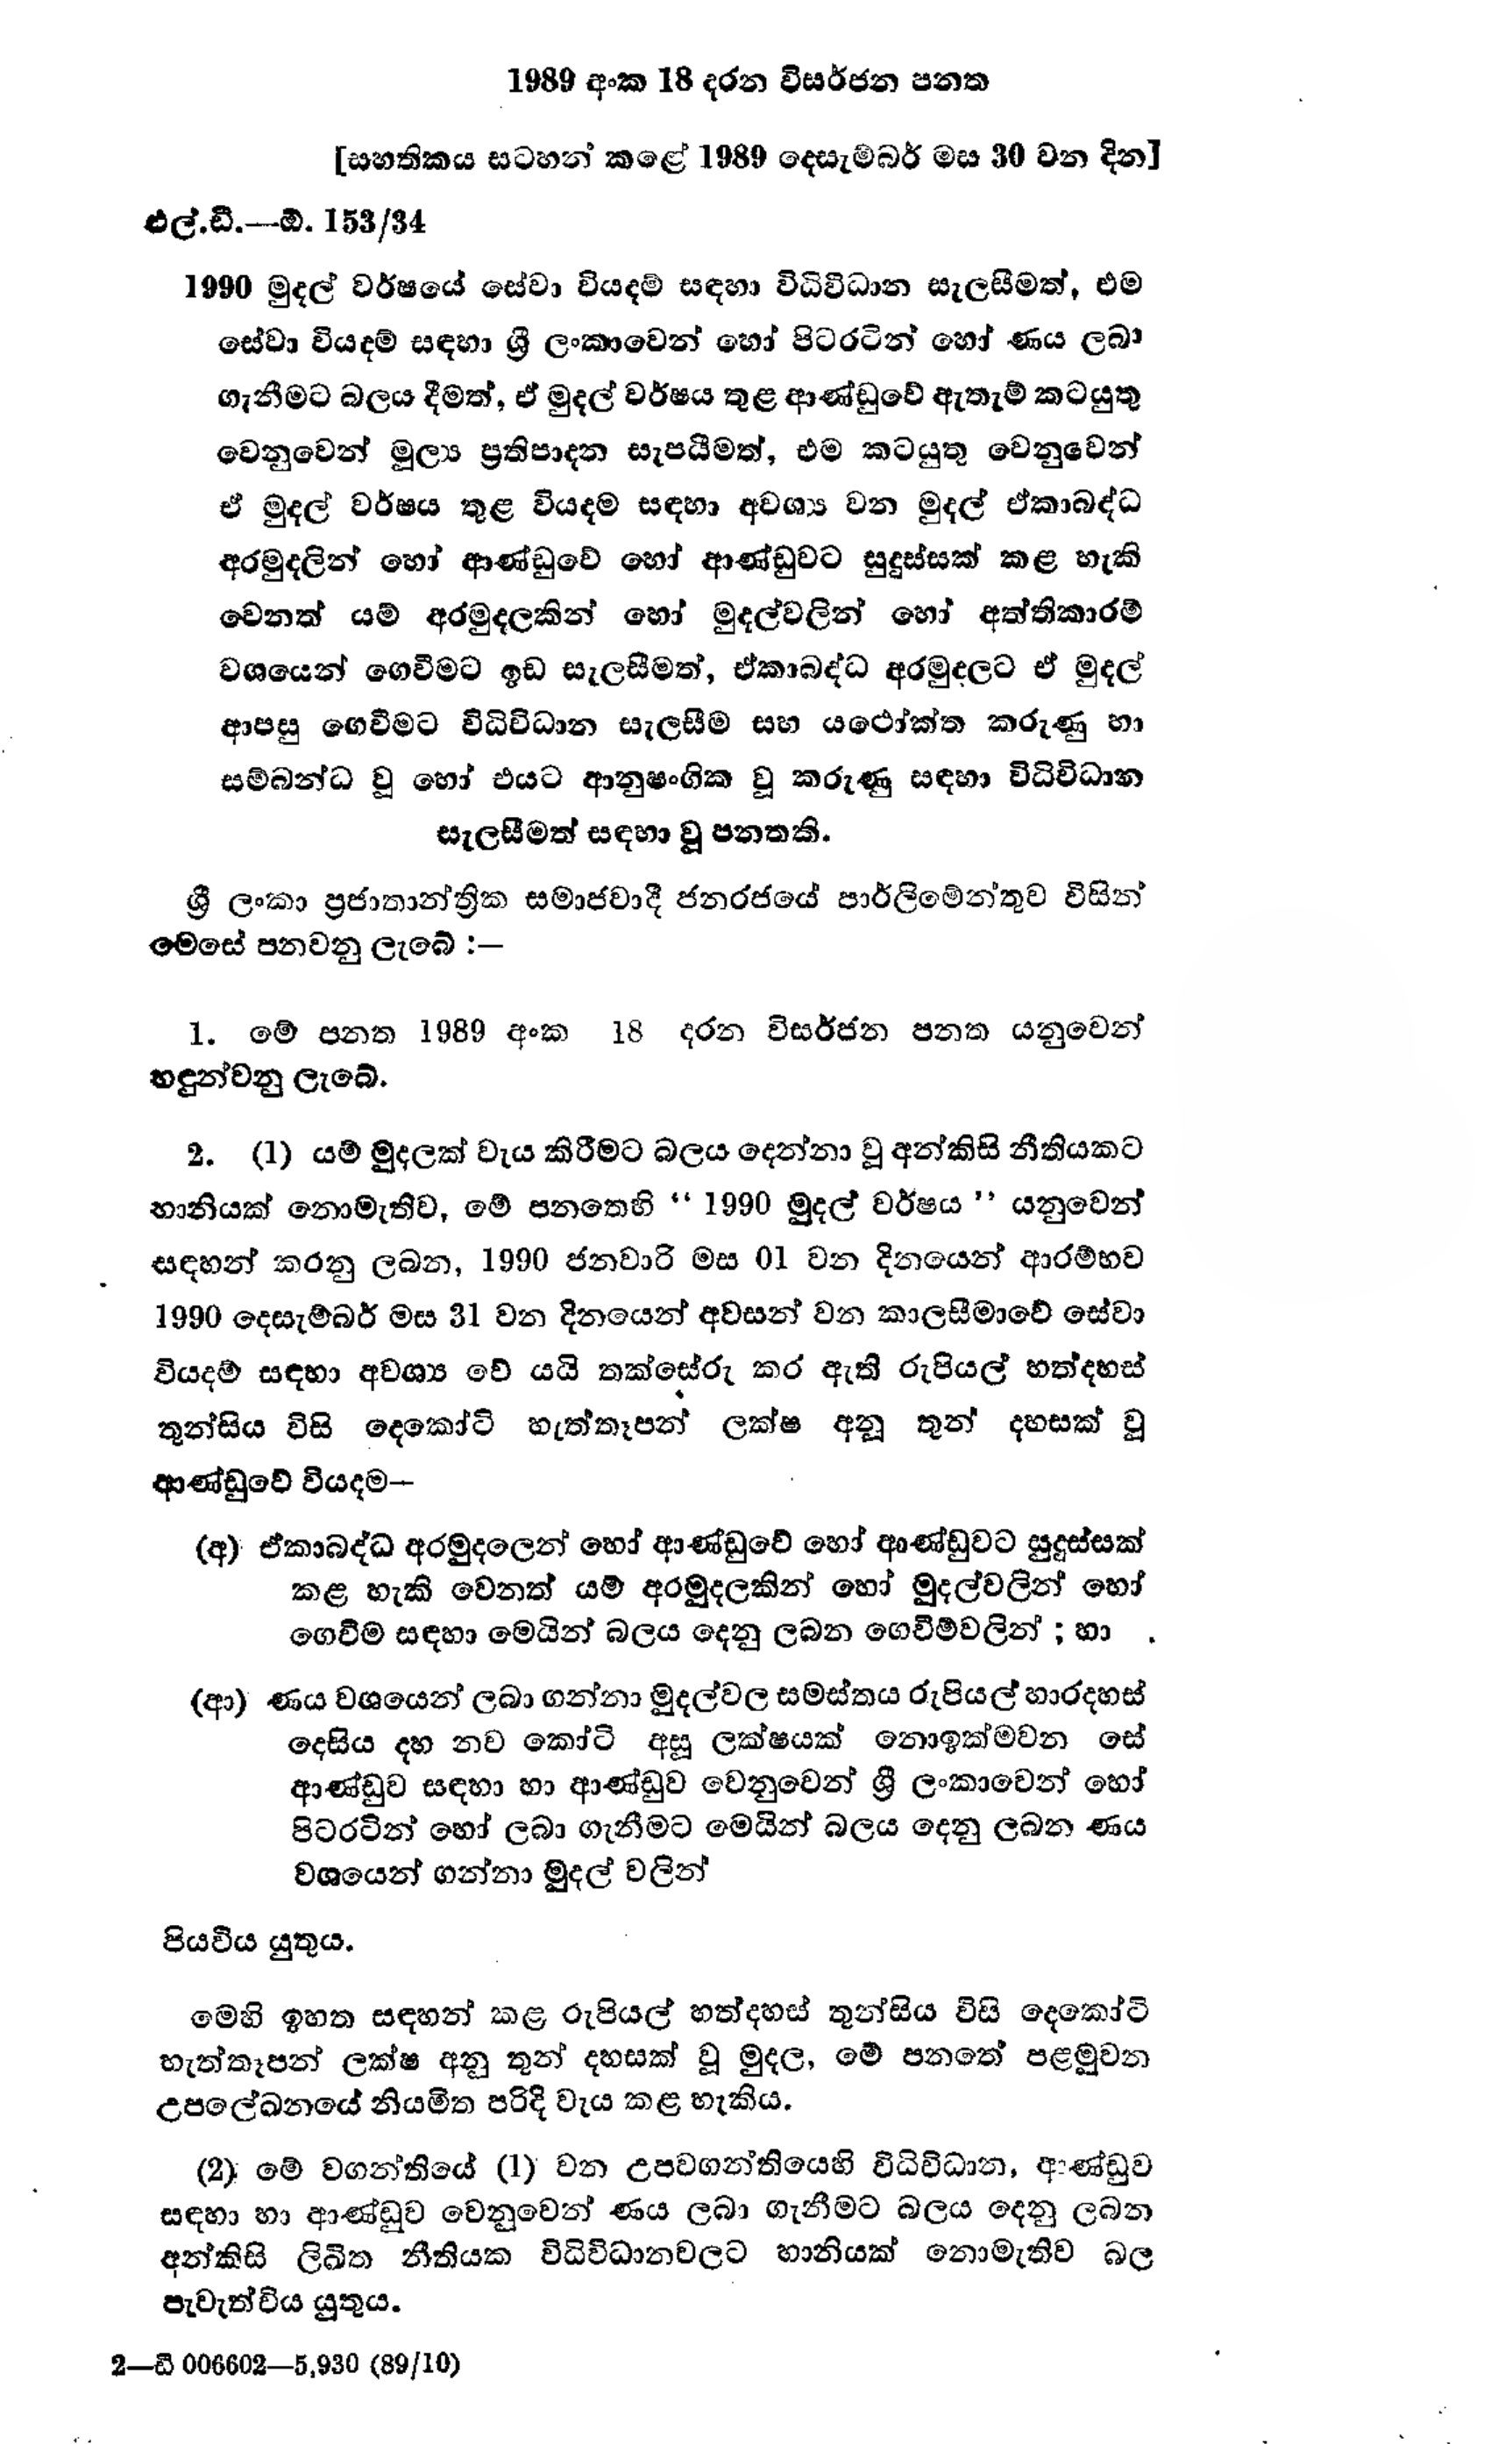
1989 අංක 18 දරන විසර්ජන පනත

[සහතිකය සටහන් කළේ 1989 දෙසැම්බර් මස 30 වන දින]

එල්.ඩී. ඕ. 153/34

1990 මුදල් වර්ෂයේ සේවා වියදම් සඳහා විධිවිධාන සැලසීමත්, එම
සේවා වියදම් සඳහා ශ්‍රී ලංකාවෙන් හෝ පිටරටින් හෝ ණය ලබා
ගැනීමට බලය දීමත්, ඒ මුදල් වර්ෂය තුළ ආණ්ඩුවේ ඇතැම් කටයුතු
වෙනුවෙන් මුල්‍ය ප්‍රතිපාදන සැපයීමත්, එම කටයුතු වෙනුවෙන්
ඒ මුදල් වර්ෂය තුළ වියදම සඳහා අවශ්‍ය වන මුදල් ඒකාබද්ධ
අර මුදලින් හෝ ආණ්ඩුවේ හෝ ආණ්ඩුවට සුදුස්සක් කළ හැකි
වෙනත් යම් අරමුදලකින් හෝ මුදල් වලින් හෝ අත්තිකාරම්
වශයෙන් ගෙවීමට ඉඩ සැලසීමත්, ඒකාබද්ධ අරමුදලට ඒ මුදල්
ආපසු ගෙවීමට විධිවිධාන සැලසීම සහ යථෝක්ත කරුණු හා
සම්බන්ධ වූ හෝ එයට ආනුෂංගික වූ කරුණු සඳහා විධිවිධාන
සැලසීමත් සඳහා වූ පනතකි.

ශ්‍රී ලංකා ප්‍රජාතාන්ත්‍රික සමාජවාදී ජනරජයේ පාර්ලිමේන්තුව විසින්
මෙසේ පනවනු ලැබේ :-

1. මේ පනත 1989 අංක 18 දරන විසර්ජන පනත යනුවෙන්
හඳුන්වනු ලැබේ.

2. (1) යම් මුදලක් වැය කිරීමට බලය දෙන්නා වූ අන්කිසි නීතියකට
හානියක් නොමැතිව, මේ පනතෙහි "1990 මුදල් වර්ෂය" යනුවෙන්
සඳහන් කරනු ලබන, 1990 ජනවාරි මස 01 වන දිනයෙන් ආරම්භව
1990 දෙසැම්බර් මස 31 වන දිනයෙන් අවසන් වන කාලසීමාවේ සේවා
වියදම් සඳහා අවශ්‍ය වේ යයි තක්සේරු කර ඇති රුපියල් හත්දහස්
තුන්සිය විසි දෙකෝටි හැත්තෑපන් ලක්ෂ අනූ තුන් දහසක් වූ
ආණ්ඩුවේ වියදම -

(අ) ඒකාබද්ධ අරමුදලෙන් හෝ ආණ්ඩුවේ හෝ ආණ්ඩුවට සුදුස්සක්
කළ හැකි වෙනත් යම් අරමුදලකින් හෝ මුදල් වලින් හෝ
ගෙවීම සඳහා මෙයින් බලය දෙනු ලබන ගෙවීම් වලින් ; හා

(ආ) ණය වශයෙන් ලබා ගන්නා මුදල්වල සමස්තය රුපියල් හාරදහස්
දෙසිය දහ නව කෝටි අසූ ලක්ෂයක් නොඉක්මවන සේ
ආණ්ඩුව සඳහා හා ආණ්ඩුව වෙනුවෙන් ශ්‍රී ලංකාවෙන් හෝ
පිටරටින් හෝ ලබා ගැනීමට මෙයින් බලය දෙනු ලබන ණය
වශයෙන් ගන්නා මුදල් වලින්

පියවිය යුතුය.

මෙහි ඉහත සඳහන් කළ රුපියල් හත්දහස් තුන්සිය විසි දෙකෝටි
හැත්තෑපන් ලක්ෂ අනු තුන් දහසක් වූ මුදල, මේ පනතේ පළමුවන
උපලේඛනයේ නියමිත පරිදි වැය කළ හැකිය.

(2) මේ වගන්තියේ (1) වන උපවගන්තියෙහි විධිවිධාන, ආණ්ඩුව
සඳහා හා ආණ්ඩුව වෙනුවෙන් ණය ලබා ගැනීමට බලය දෙනු ලබන
අන්කිසි ලිඛිත නීතියක විධිවිධානවලට හානියක් නොමැතිව බල
පැවැත්විය යුතුය.

2-ඩී 006602-5,930 (89/10)